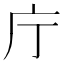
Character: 庁